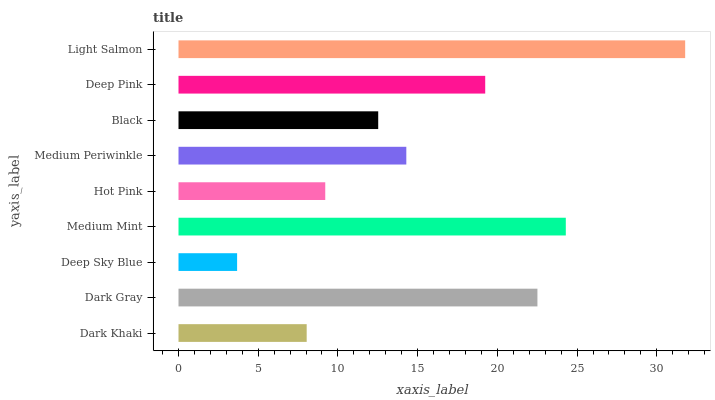
| yaxis_label | bars |
 | --- | --- |
 | Dark Khaki | 8.04 |
 | Dark Gray | 22.5 |
 | Deep Sky Blue | 3.68 |
 | Medium Mint | 24.3 |
 | Hot Pink | 9.2 |
 | Medium Periwinkle | 14.3 |
 | Black | 12.5 |
 | Deep Pink | 19.2 |
 | Light Salmon | 31.8 |